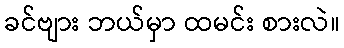
ခင်ဗျား ဘယ်မှာ ထမင်း စားလဲ။